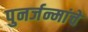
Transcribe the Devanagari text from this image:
पुनर्जन्मांचे